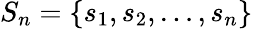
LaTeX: S_{n}=\{ s_{1},s_{2},\ldots,s_{n}\}